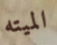
الميته